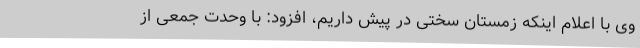
وی با اعلام اینکه زمستان سختی در پیش داریم، افزود: با وحدت جمعی از